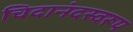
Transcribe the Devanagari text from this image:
चिदानंदस्वरूप